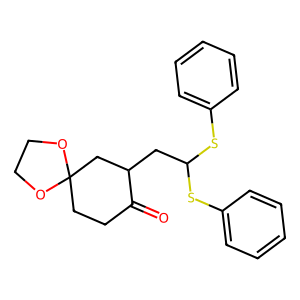
SMILES: O=C1CCC2(CC1CC(Sc1ccccc1)Sc1ccccc1)OCCO2
Inhibits HIV replication: No